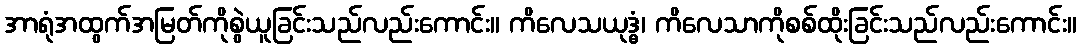
အာရုံအထွက်အမြတ်ကိုစွဲယူခြင်းသည်လည်းကောင်း။ ကိလေသယုဒ္ဓံ၊ ကိလေသာကိုစစ်ထိုးခြင်းသည်လည်းကောင်း။